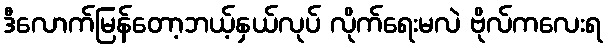
ဒီလောက်မြန်တော့ဘယ့်နှယ်လုပ် လိုက်ရေးမလဲ ဗိုလ်ကလေးရ